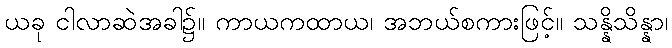
ယခု ငါလာဆဲအခါ၌။ ကာယကထာယ၊ အဘယ်စကားဖြင့်။ သန္နိသိန္နာ၊